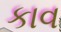
કાવ